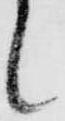
候